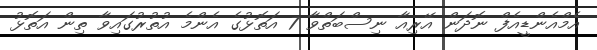
އެމްއެންޑީއެފް ނޮދަން އޭރިއާ ނިސްބަތްވާ 7 އަތޮޅުގެ އެންމެ އުތުރުގައިވާ ތިން އަތޮޅު